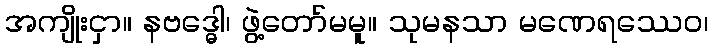
အကျိုးငှာ။ နဗဒ္ဓေါ၊ ဖွဲ့တော်မမူ။ သုမနသာ မဏေရဿေဝ၊